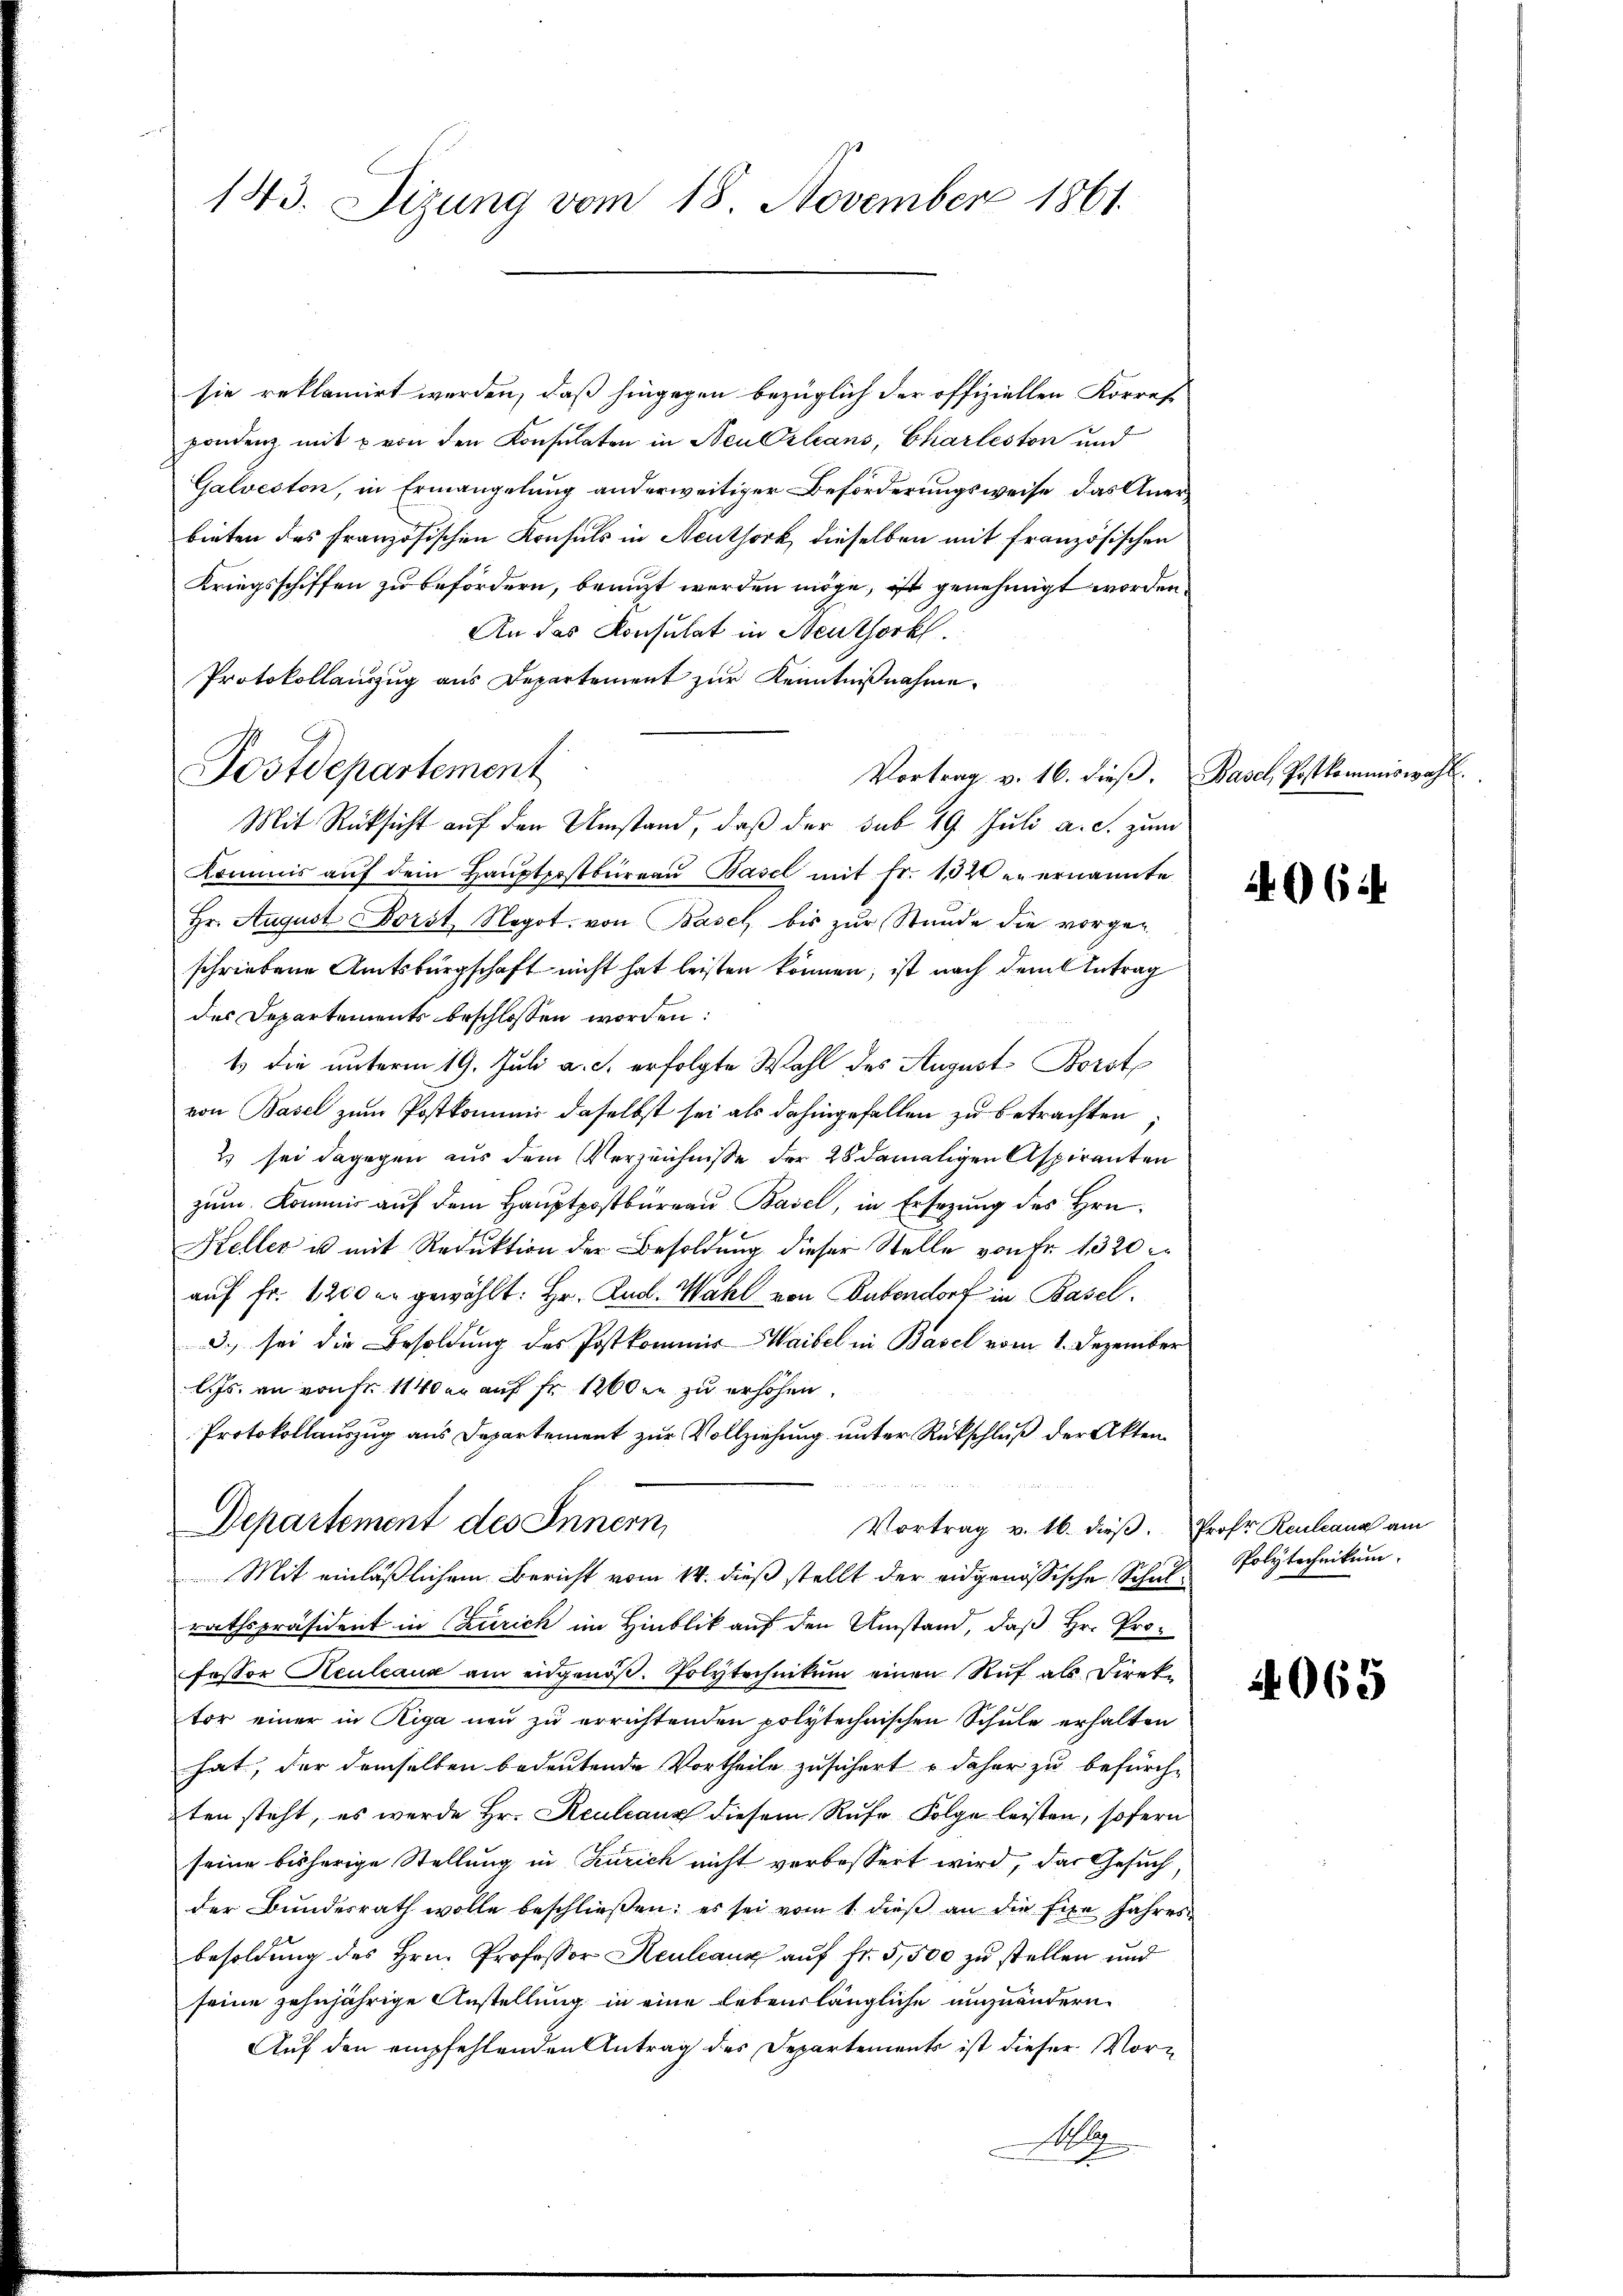
143. Sizung vom 18. November 1861.

sie reklamirt werden, daß hingegen bezüglich der offiziellen Korres
pondenz mit u von den Konsulaten in Neu Orleans, Charleston und
Galveston, in Ermangelung anderweitiger Beförderungsweise, das Anerbieten des Französischen Konsuls in Neuthork dieselben mit französischen
Kriegsschiffen zu befördern, beauft werden möge, ist genehmigt worden
An das Konsulat in Neuthork
Protokollauszug aus Departement zur Kenntnißnahme.
Vortrag v. 16. dieβ. Basel, Postkommiswahl.
Kommis aŭf dem Haŭptpostbüreaŭ Basel mit fr. 1020 er ernannte
Hr. August Borst Negot. von Basel bis zur Stunde die vorgeschriebene Amtsbürgschaft nicht hat leisten können, ist nach dem Antrag
des Departements beschlossen worden:
1 die unterm 19. Juli a. c. erfolgte Wahl des August Borst
von Basel zum Postkommnis daselbst sei als dahingefallen zu betrachten;
2) sei dagegen aus dem Verzeichnisse der 28 damaligen Aspiranten
zum. Kommis auf dem Hauptpostbüreau Basel, in Ersezung des Hrn.
Keller u mit Reduktion der Besoldung dieser Stelle von Fr. 1320
auf Fr. 1200 er gewählt: Hr. Rud. Wahl von Bubendorf in Basel.
3. sei die Besoldung des Postkommis Waibel in Basel vom 1. Dezember
Js. an von fr. 114 der auf Fr. 1200 fn zu erhöhen.
Protokollauszug aus Departement zur Vollziehung unter Rückschluß der Akten
Departement des Innern,
Vortrag v. 16. dieβ. Prof. Reulana am
Mit einläßlichem Bericht vom 14. dieß stellt der eidgenößische Schulrathspräsident in Zürich im Hinblik auf den Umstand, daß Hr. Professor Heuleaux am eidgenöß. Polytechnikum einen Ruf als Direktor einer in Riga neu zu errichtenden polytechnischen Schule erhalten
hat, der demselben bedeutende Vortheile zusichert u daher zu befürch¬
2ten steht, es werde Hr. Keuleaux diesem Ruhe Folge leisten, sofern
seine bisherige Stellung in Zürich nicht verbessert wird, das Gesuch
der Bundesrath wolle beschließen: es sei vom 1. dieß an die Eine Jahres
besoldung des Hrn. Professor Keuleaux auf fr. 5,500 zu stellen und
seine zehnjährige Anstellung in eine lebenslängliche umzuändern
Auf den empfehlenden Antrag des Departements ist dieser Vor¬
N 1

Postdepartement
Mit Rücksicht auf den Umstand, daß der sub 19. Juli a. c. zum

6

Polytechnikum.

1065